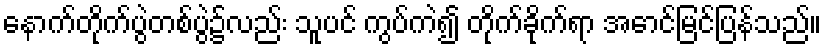
နောက်တိုက်ပွဲတစ်ပွဲ၌လည်း သူပင် ကွပ်ကဲ၍ တိုက်ခိုက်ရာ အောင်မြင်ပြန်သည်။